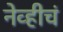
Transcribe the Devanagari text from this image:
नेव्हीचं